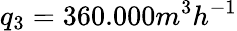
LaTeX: q_{3}=360.000m^{3}h^{-1}